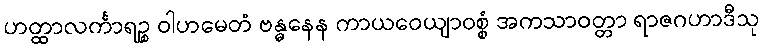
ဟတ္ထာလင်္ကာရဉ္စ ဝါဟမေတံ ဗန္ဓနေန ကာယဝေယျာဝစ္စံ အကသာဝတ္တာ ရာဇဂဟာဒီသု